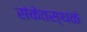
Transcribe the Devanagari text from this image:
संकेतस्थळं